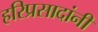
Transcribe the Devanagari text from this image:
हरिप्रसादांनी